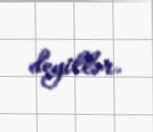
deyillər.